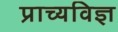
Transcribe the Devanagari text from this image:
प्राच्यविज्ञ